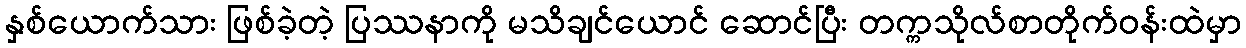
နှစ်ယောက်သား ဖြစ်ခဲ့တဲ့ ပြဿနာကို မသိချင်ယောင် ဆောင်ပြီး တက္ကသိုလ်စာတိုက်ဝန်းထဲမှာ